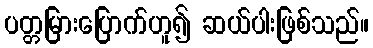
ပတ္တမြားပြောက်ဟူ၍ ဆယ်ပါးဖြစ်သည်။